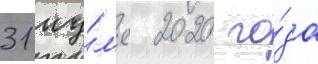
31 иу́л'я 2020 го́да